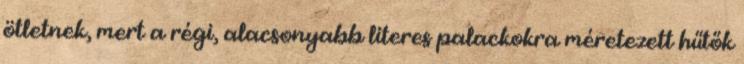
ötletnek, mert a régi, alacsonyabb literes palackokra méretezett hűtők